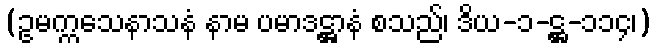
(ဥမက္ကသေနာသနံ နာမ ပမာဒဋ္ဌာနံ စသည်၊ ဒိယ-၁-ဋ္ဌ-၁၁၄၊)